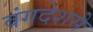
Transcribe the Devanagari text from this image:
वंगदेशसे